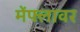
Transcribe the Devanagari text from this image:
मेंफ्लावर